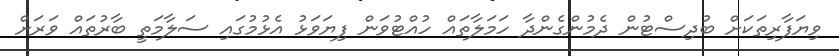
ވިޔަފާރިތަކަށް ބުދިސްޓުން ދެމުންގެންދާ ހަމަލާތައް ހުއްޓުވަން ފިޔަވަޅު އެޅުމުގައި ސަލާމަތީ ބާރުތައް ވަރަށް